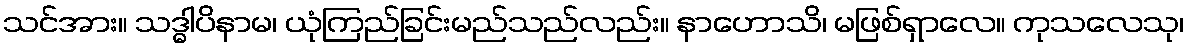
သင်အား။ သဒ္ဓါပိနာမ၊ ယုံကြည်ခြင်းမည်သည်လည်း။ နာဟောသိ၊ မဖြစ်ရှာလေ။ ကုသလေသု၊